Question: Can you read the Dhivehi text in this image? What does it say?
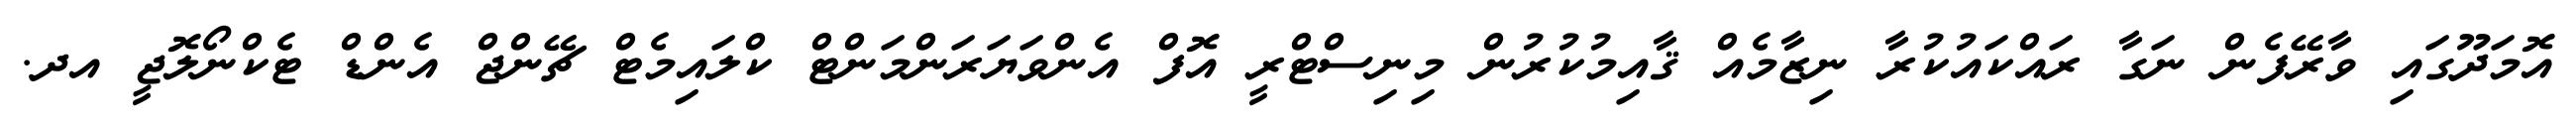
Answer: އޮމަދޫގައި ވާރޭފެން ނަގާ ރައްކައުކުރާ ނިޒާމެއް ޤާއިމުކުރުން މިނިސްޓްރީ އޮފް އެންވަޔަރަންމަންޓް ކްލައިމެޓް ޗޭންޖް އެންޑް ޓެކްނޯލޮޖީ އދ.